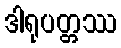
ဒါရုပတ္တဿ